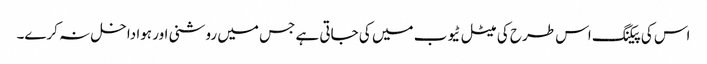
اس کی پیکنگ اس طرح کی میٹل ٹیوب میں کی جاتی ہے جس میں روشنی اور ہوا داخل نہ کرے۔